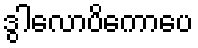
ဒွါလောပိကောပေ